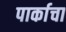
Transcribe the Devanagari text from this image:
पार्काचा